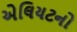
એલિયટનો